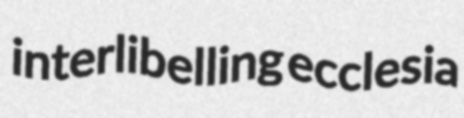
interlibelling ecclesia